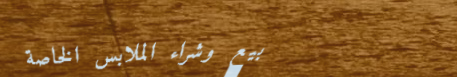
بيع وشراء الملابس الخاصة